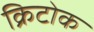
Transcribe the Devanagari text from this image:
क्रिटोक